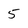
Character: 5